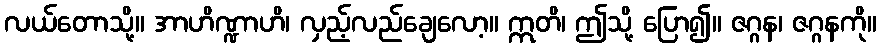
လယ်တောသို့။ အာဟိဏ္ဍာဟိ၊ လှည့်လည်ချေလော့။ ဣတိ၊ ဤသို့ ပြော၍။ ဇဂ္ဂန၊ ဇဂ္ဂနကို။